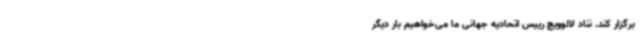
برگزار کند. نناد لالوویچ رییس اتحادیه جهانی ما می‌خواهیم بار دیگر